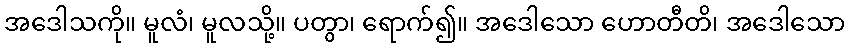
အဒေါသကို။ မူလံ၊ မူလသို့။ ပတွာ၊ ရောက်၍။ အဒေါသော ဟောတီတိ၊ အဒေါသော